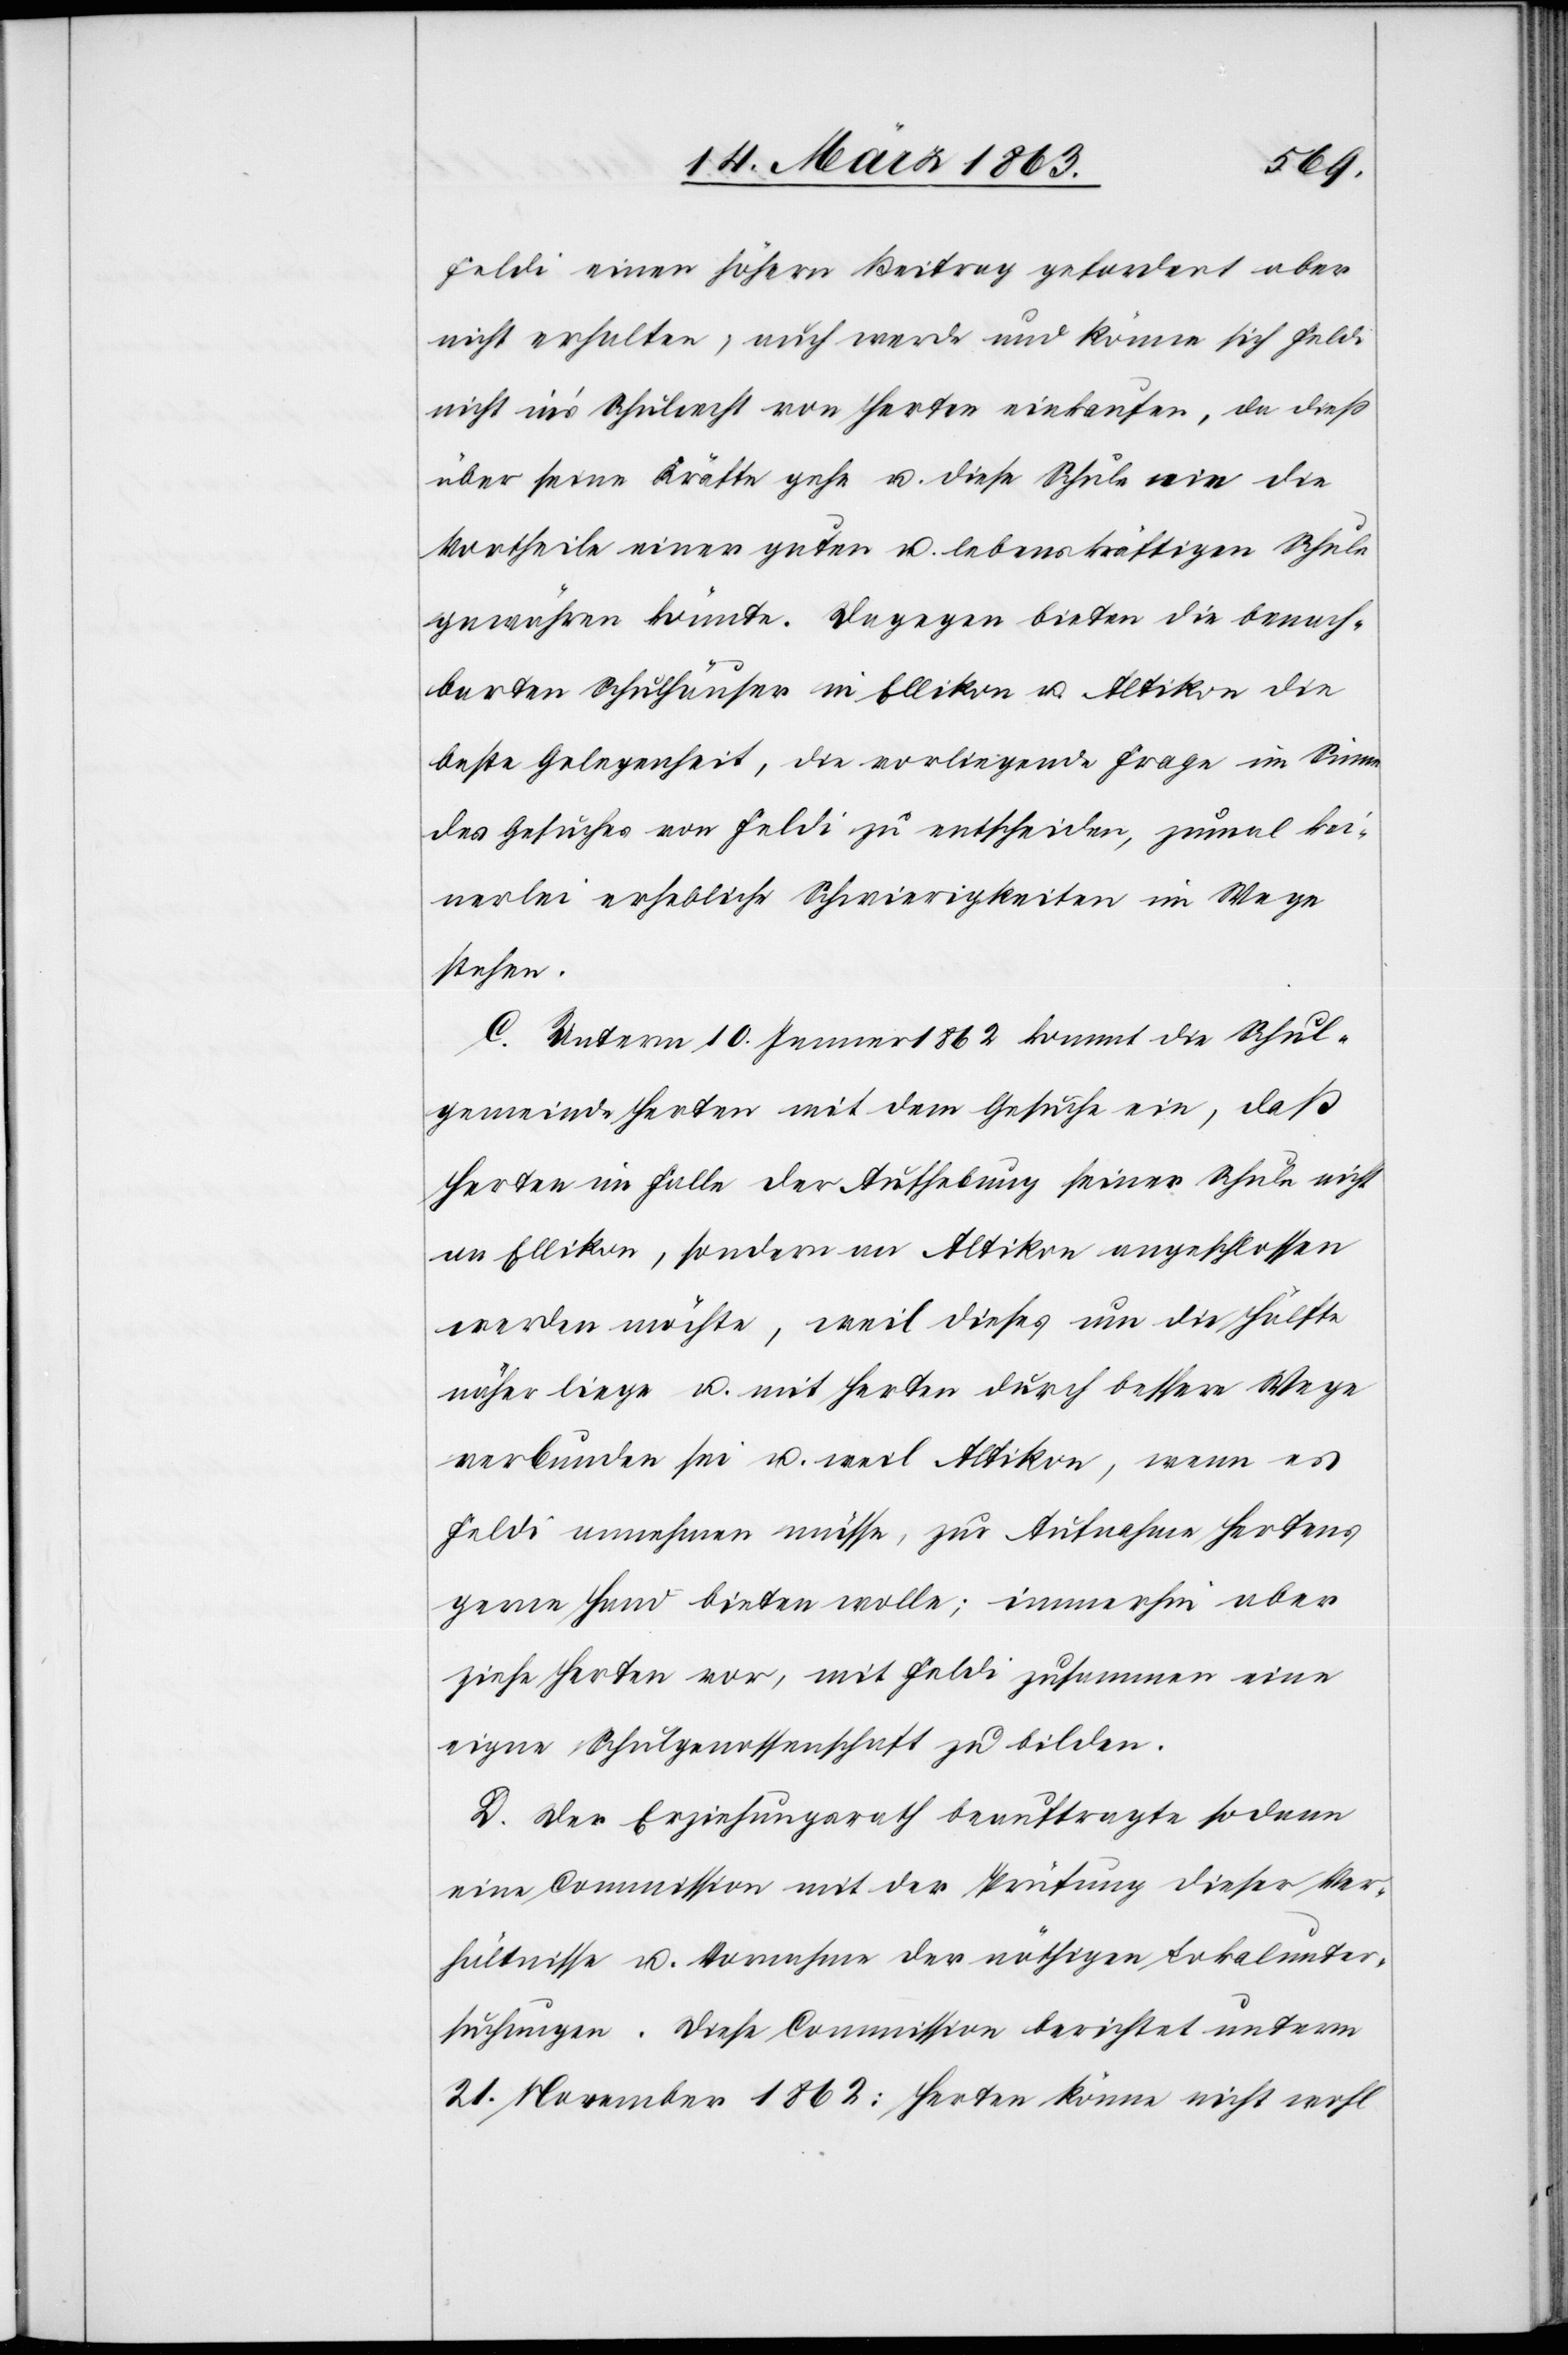
Feldi einen höhern Beitrag gefordert aber
nicht erhalten; auch werde und könne sich Feldi
nicht in's Schulrecht von Herten einkaufen, da dieß
über seine Kräfte gehe u. diese Schule nie die
Vortheile einer guten u. lebenskräftigen Schule
gewähren könnte. Dagegen bieten die benach¬
barten Schulhäuser in Ellikon u. Altikon die
beste Gelegenheit, die vorliegende Frage im Sinne
des Gesuches von Feldi zu entscheiden, zumal kei¬
nerlei erhebliche Schwierigkeiten im Wege
stehen.
C. Unterm 10. Jenner 1862 kommt die Schul¬
gemeinde Herten mit dem Gesuche ein, daß
Herten in Folge der Aufhebung seiner Schule nicht
an Ellikon, sondern an Altikon angeschlossen
werden möchte, weil dieses um die Hälfte
näher liege u. mit Herten durch bessere Wege
verbunden sei u. weil Altikon, wenn es
Feldi annehmen müsse, zur Aufnahme Hertens
gern Hand bieten wolle; immerhin aber
ziehe Herten vor, mit Feldi zusammen eine
eigne Schulgenossenschaft zu bilden.
D. Der Erziehungsrath beauftragte sodann
eine Commission mit der Prüfung dieser Ver¬
hältnisse u. Vornahme der nöthigen Lokalunter¬
suchungen. Diese Commission berichtet unterm
21. November 1862: Herten könne nicht wohl